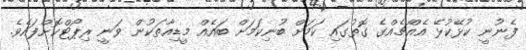
ފެނުނީ ކުޅޭކުޅޭ އެއްޗެއްގެ ގޮތުގައި ކަމަށް ބުނިކަމަށް ބައެއް މީޑިއާތަކުން ވަނީ ރިޕޯޓްކޮށްފައެވެ.